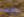
تأذى